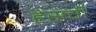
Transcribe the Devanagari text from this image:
हेसची